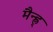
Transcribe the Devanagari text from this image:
मैन्ह्न्